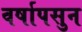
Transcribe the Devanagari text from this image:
वर्षापसुन